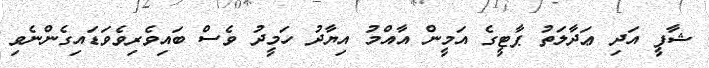
ޝާފީ އަދި ޢަދާލަތު ޕާޓީގެ އަމީން އާއްމު އިޔާދު ހަމީދު ވެސް ބައިވެރިވެވަޑައިގެންނެވި